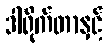
ဒါရိုက်တာနှင့်